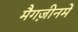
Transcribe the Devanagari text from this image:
मैगज़ीनमें